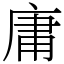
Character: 庸